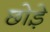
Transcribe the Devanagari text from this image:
छोड़े़